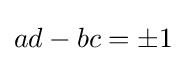
ad-bc=\pm 1\;